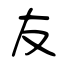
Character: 友